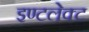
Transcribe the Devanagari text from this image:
इण्टलेक्ट